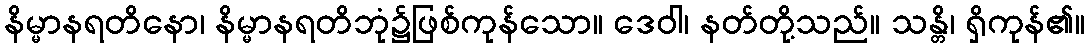
နိမ္မာနရတိနော၊ နိမ္မာနရတိဘုံ၌ဖြစ်ကုန်သော။ ဒေဝါ၊ နတ်တို့သည်။ သန္တိ၊ ရှိကုန်၏။